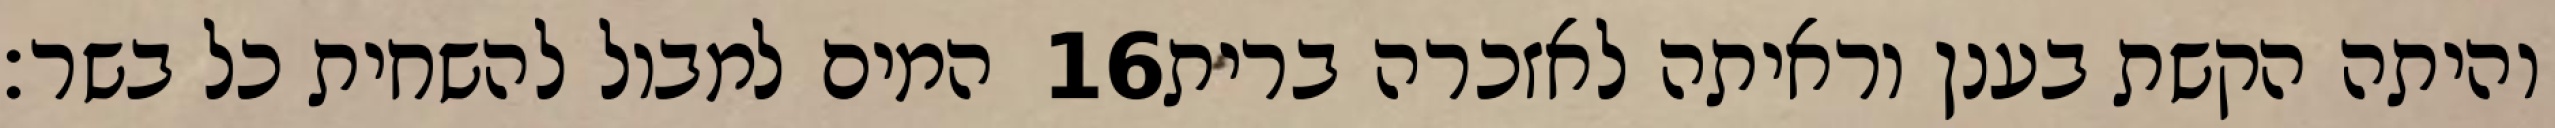
המים למבול להשחית כל בשר׃ ‎16‏ והיתה הקשת בענן וראיתה לאזכרה ברית